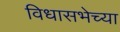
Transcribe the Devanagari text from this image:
विधासभेच्या